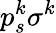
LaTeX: p_{s}^{k}\sigma^{k}